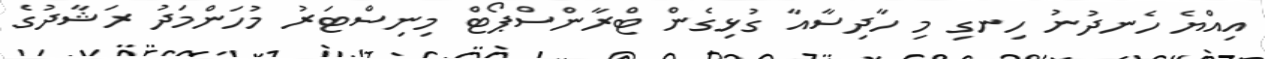
އިއްޔެ ހެނދުނު ހިނގި މި ހާދިސާއާ ގުޅިގެން ޓްރާންސްޕޯޓް މިނިސްޓަރު މުހަންމަދު ރަޝާދުގެ